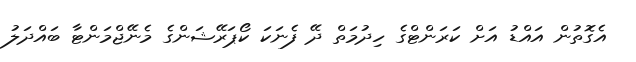
އެގޮތުން އައްޑު އަށް ކަރަންޓްގެ ހިދުމަތް ދޭ ފެނަކަ ކޯޕަރޭޝަންގެ މެނޭޖްމަންޓާ ބައްދަލު